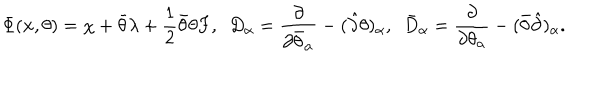
\Phi ( { \bf x } , \theta ) = \chi + \bar { \theta } \lambda + \frac 1 2 \bar { \theta } \theta F , ~ ~ D _ { \alpha } = \frac { \partial } { \partial \bar { \theta } _ { \alpha } } - ( \hat { \partial } \theta ) _ { \alpha } , ~ ~ \bar { D } _ { \alpha } = \frac { \partial } { \partial \theta _ { \alpha } } - ( \bar { \theta } \hat { \partial } ) _ { \alpha } .